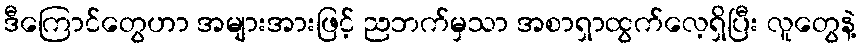
ဒီကြောင်တွေဟာ အများအားဖြင့် ညဘက်မှသာ အစာရှာထွက်လေ့ရှိပြီး လူတွေနဲ့